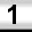
Digit: 1